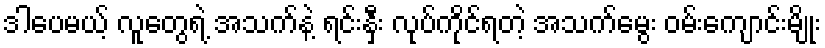
ဒါပေမယ့် လူတွေရဲ့ အသက်နဲ့ ရင်းနှီး လုပ်ကိုင်ရတဲ့ အသက်မွေး ဝမ်းကျောင်းမျိုး